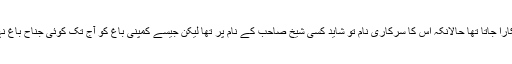
گلشن کالونی میں ایک پارک نما چیز تھی جسے "تِن نُکری گراونڈ" کے عظیم نام سے پکارا جاتا تھا حالانکہ اس کا سرکاری نام تو شاید کسی شیخ صاحب کے نام پر تھا لیکن جیسے کمپنی باغ کو آج تک کوئی جناح باغ نہیں کہتا اسی طرح سب اسے تِن نُکری گراونڈ ہی کہا کرتے تھے اور اب تک کہتے ہیں۔